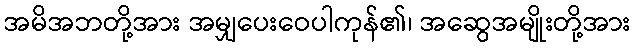
အမိအဘတို့အား အမျှပေးဝေပါကုန်၏၊ အဆွေအမျိုးတို့အား